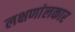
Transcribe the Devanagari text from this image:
लक्षणांलकार